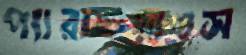
প্যারাগুয়াওস